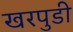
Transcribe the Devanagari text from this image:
खरपुडी